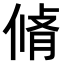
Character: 𠋛